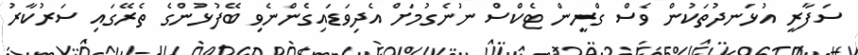
ސަފާރީ އުޅަނދުތަކުން ވެސް ގްރީން ޓެކްސް ނުނެގުމަށް އެދިވަޑައިގެންނެވި ބޭފުޅުންގެ ތެރޭގައި ސަރުކާރު